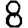
Digit: 8